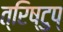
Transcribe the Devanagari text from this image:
त्रिष्टुप्‌